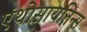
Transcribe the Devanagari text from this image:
एंथोसायनिन्स